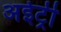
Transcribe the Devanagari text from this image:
अईट्री